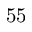
5 5